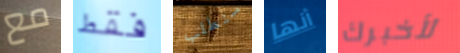
مع فقط سنطلب أنها لأخبرك